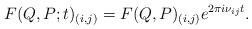
\begin{align*}F(Q,P;t)_{(i,j)}=F(Q,P)_{(i,j)}e^{2{\pi}i{\nu}_{ij}t}.\end{align*}